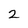
Character: 2